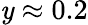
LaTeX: \mathit{y}\approx0.2